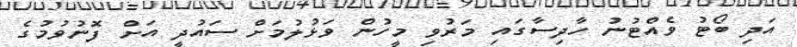
އަދި ބޯޓު ވެއްޓުނު ހާދިސާގައި މަރުވި މީހުން ވަޅުލުމަށް ސައުދީ އަށް ފޮނުވުމުގެ